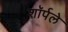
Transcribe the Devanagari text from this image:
शॉर्पले